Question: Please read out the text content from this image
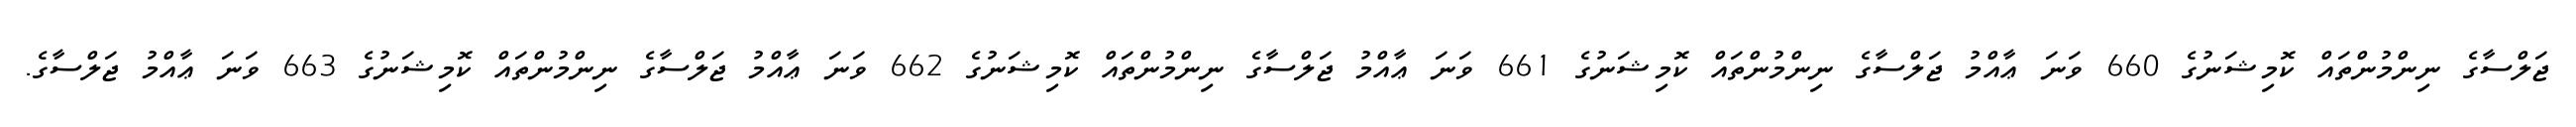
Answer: ޖަލްސާގެ ނިންމުންތައް ކޮމިޝަނުގެ 660 ވަނަ ޢާއްމު ޖަލްސާގެ ނިންމުންތައް ކޮމިޝަނުގެ 661 ވަނަ ޢާއްމު ޖަލްސާގެ ނިންމުންތައް ކޮމިޝަނުގެ 662 ވަނަ ޢާއްމު ޖަލްސާގެ ނިންމުންތައް ކޮމިޝަނުގެ 663 ވަނަ ޢާއްމު ޖަލްސާގެ.